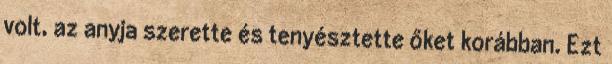
volt, az anyja szerette és tenyésztette őket korábban. Ezt